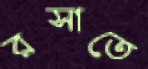
রসাতে